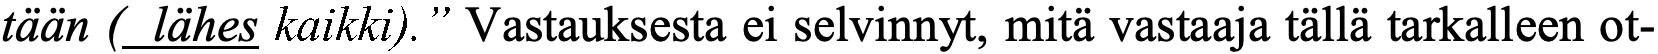
tään ( lähes kaikki).” Vastauksesta ei selvinnyt, mitä vastaaja tällä tarkalleen ot-